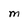
Character: M